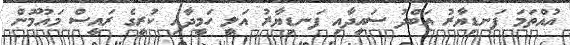
އުއްތަމަ ފަނޑިޔާރު އަބްދު ސައީދާއި ފަނޑިޔާރު އަލީ ހަމީދާއި ކުރީގެ ރައީސް މައުމޫން